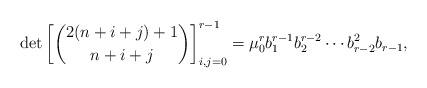
LaTeX: \begin{align*}\det \left[ \binom{2(n+i+j)+1}{n+i+j} \right]_{i,j=0}^{r-1} = \mu_0^r b_1^{r-1} b_2^{r-2} \dotsm b_{r-2}^2 b_{r-1},\end{align*}